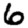
Digit: 6